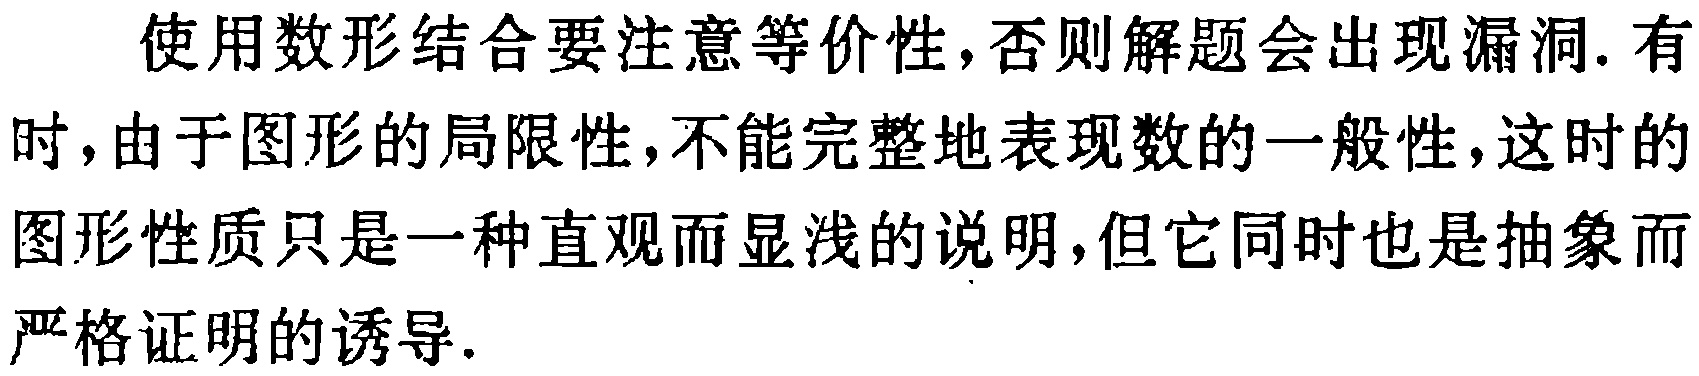
使用数形结合要注意等价性,否则解题会出现漏洞.有时,由于图形的局限性,不能完整地表现数的一般性,这时的图形性质只是一种直观而显浅的说明,但它同时也是抽象而严格证明的诱导.